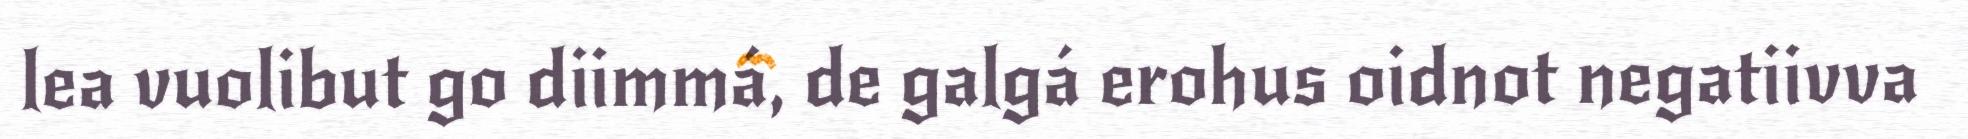
lea vuolibut go diimmá, de galgá erohus oidnot negatiivva